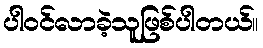
ပါ၀င်လာခဲ့သူဖြစ်ပါတယ်။